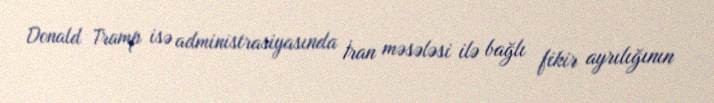
Donald Tramp isə administrasiyasında İran məsələsi ilə bağlı fikir ayrılığının